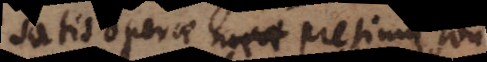
satis operae meae pretium